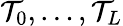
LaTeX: \mathcal T_{0},\ldots,\mathcal T_{L}